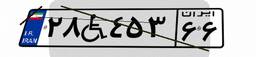
۱۴W۲۲۵۸۰